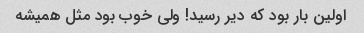
اولین بار بود که دیر رسید! ولی خوب بود مثل همیشه